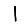
Digit: 1